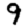
Digit: 9